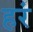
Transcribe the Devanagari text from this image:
हरं